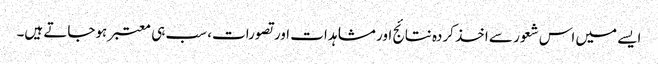
ایسے میں اس شعور سے اخذ کردہ نتائج اور مشاہدات اور تصورات، سب ہی معتبر ہوجاتے ہیں۔